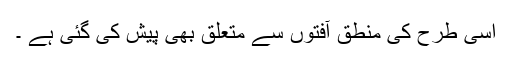
اسی طرح کی منطق آفتوں سے متعلق بھی پیش کی گئی ہے ۔